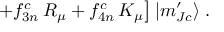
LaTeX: \left. + f _ { 3 n } ^ { c } \, R _ { \mu } + f _ { 4 n } ^ { c } \, K _ { \mu } \right] | m _ { J c } ^ { \prime } \rangle \; .